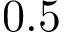
0 . 5